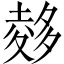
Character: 𪤽